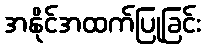
အနိုင်အထက်ပြုခြင်း